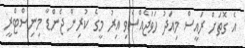
އެ ގޮތަށް ރައީސް މިއަދު ހަވަޖެއްސެވި އިރު މީގެ ކުރިން ޖެންޑާ މިނިސްްޓްރީ